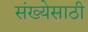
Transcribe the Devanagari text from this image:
संख्‍येसाठी